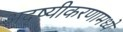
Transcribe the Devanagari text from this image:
अदृष्यीकरणामध्ये